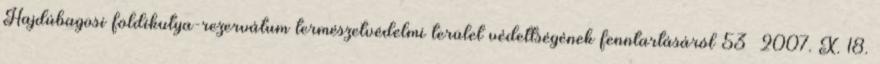
Hajdúbagosi földikutya-rezervátum természetvédelmi terület védettségének fenntartásáról 53 2007. X. 18.